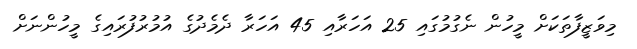
މިވަޒީފާތަކަށް މީހުން ނެގުމުގައި 25 އަހަރާއި 45 އަހަރާ ދެމެދުގެ އުމުރުފުރައިގެ މީހުންނަށް